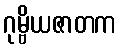
ဂုမ္ဗိယဇာတက